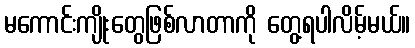
မကောင်းကျိုးတွေဖြစ်လာတာကို တွေ့ရပါလိမ့်မယ်။